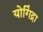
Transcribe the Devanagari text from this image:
योगिंद्रा